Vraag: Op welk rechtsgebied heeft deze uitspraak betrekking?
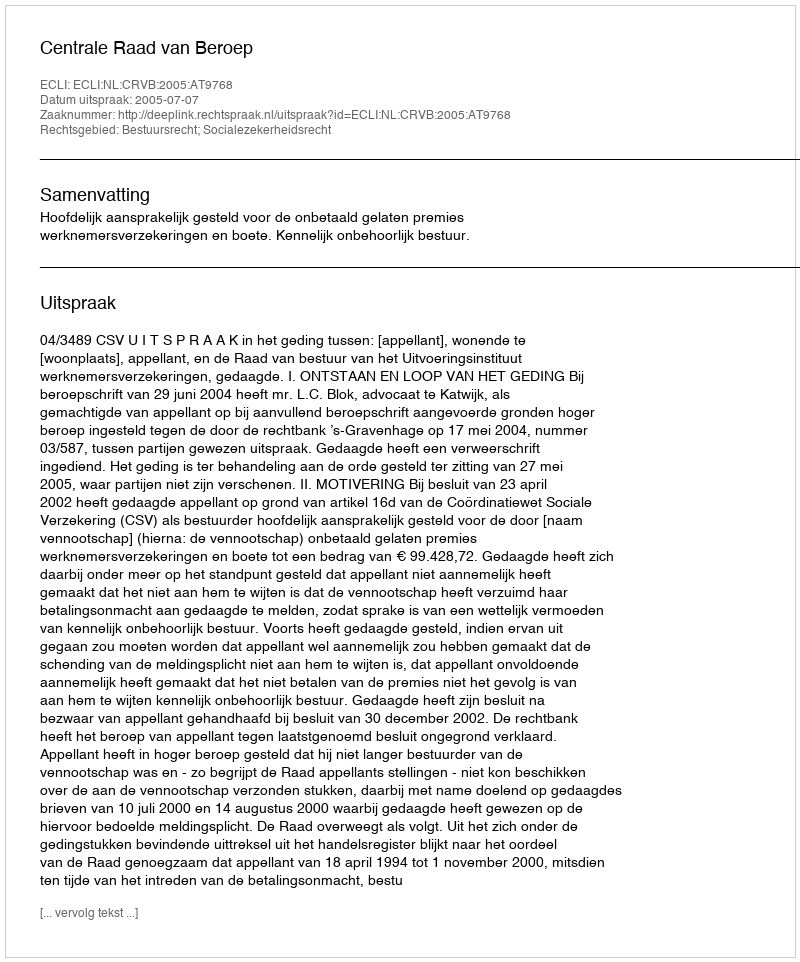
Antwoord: Bestuursrecht; Socialezekerheidsrecht